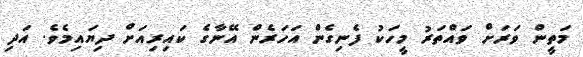
މަތީން ވަރަށް ވައްތަރު މީހަކު ފެނިގެން އަހަރެން އޭނާގެ ކައިރިއަށް ދިޔައިމެވެ. އަދި